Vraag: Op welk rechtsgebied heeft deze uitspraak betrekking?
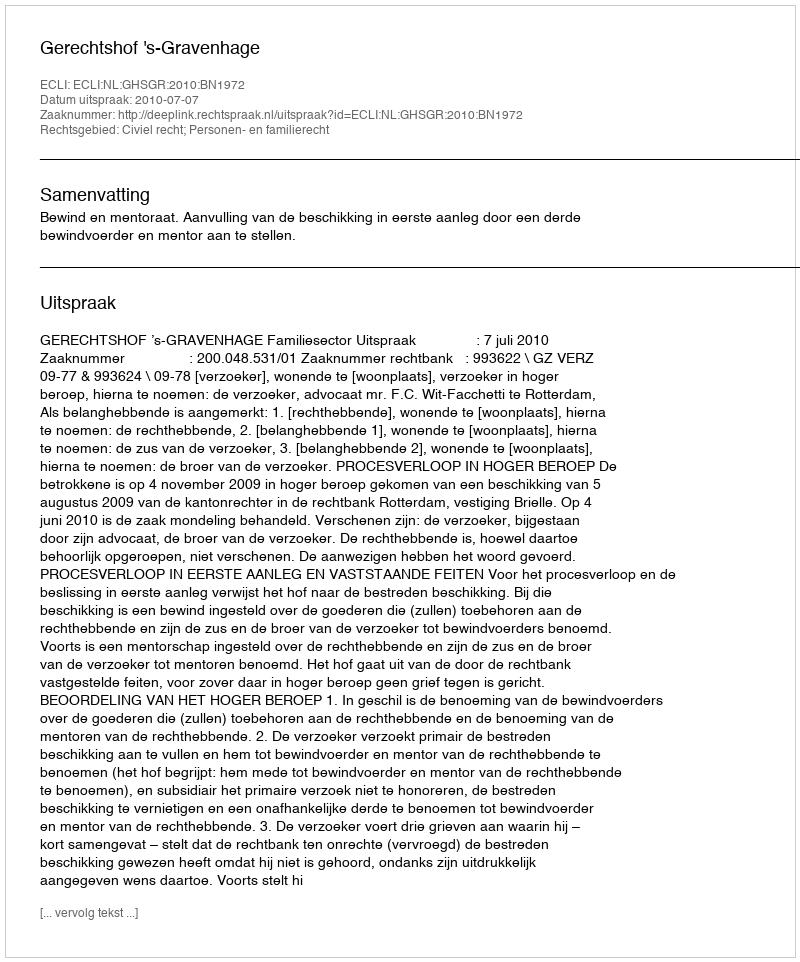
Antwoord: Civiel recht; Personen- en familierecht